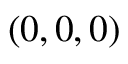
( 0 , 0 , 0 )